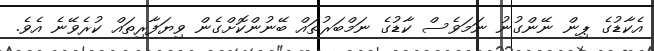
އެކާޑުގެ ޕިން ނޭންގުނު ނަމަވެސް ކާޑުގެ ނަމްބަރުތައް ބޭނުންކޮށްގެން ވިޔަފާރިތައް ކުރެވޭނެ އެވެ.